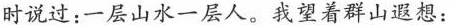
时说过：一层山水一层人。我望着群山遐想：